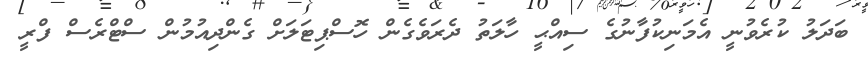
ބަދަލު ކުރެވުނީ އެމަނިކުފާނުގެ ސިއްޙީ ހާލަތު ދެރަވެގެން ހޮސްޕިޓަލަށް ގެންދިއުމުން ސްޓްރެސް ފްރީ